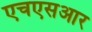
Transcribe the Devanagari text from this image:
एचएसआर